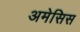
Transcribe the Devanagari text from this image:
अमेसिस